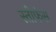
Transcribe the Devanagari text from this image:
स्तीफंस